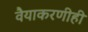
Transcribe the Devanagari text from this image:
वैयाकरणीही